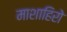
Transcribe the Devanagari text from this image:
माशाहिरो